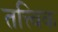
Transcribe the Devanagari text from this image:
तत्त्विक